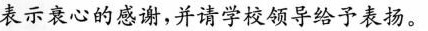
表示衰心的感谢，并请学校领导给予表扬。